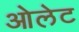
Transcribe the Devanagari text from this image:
ओलेट